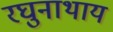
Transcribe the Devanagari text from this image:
रघुनाथाय